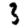
Digit: 3